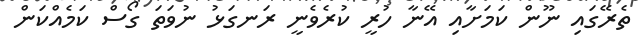
ތެރޭގައި ނޫން ކަމަށާއި އޭނާ ހުރީ ކުރެވެނީ ރަނގަޅު ނުވަތަ ގޯސް ކަމެއްކަން